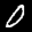
Label: 0